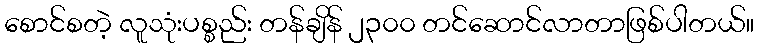
စောင်စတဲ့ လူသုံးပစ္စည်း တန်ချိန် ၂၃၀၀ တင်ဆောင်လာတာဖြစ်ပါတယ်။